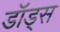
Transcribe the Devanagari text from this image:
डॉड्स